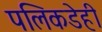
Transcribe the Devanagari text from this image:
पलिकडेही